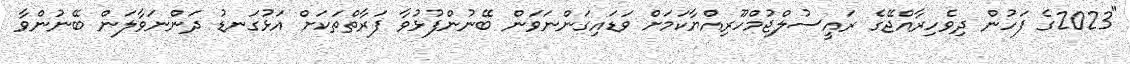
"2023ގެ ފަހުން ދިވެހިރާއްޖޭގެ ރައީސުލްޖުމްހޫރިއްޔާކަމަށް ވަޑައިގަންނަވަން ބޭނުންފުޅުވާ ފަރާތްތަކަށް އަޅުގަނޑު ދަންނަވާލަން ބޭނުންވާ